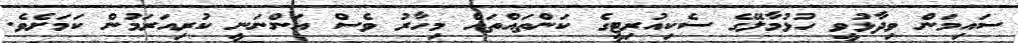
ސައިމަން ވިދާޅުވީ ހުޅުމާލޭގެ ސެކިއުރިޓީގެ ކަންތައްތައް މިހާރު ވެސް އަންނަނީ ކުރިއަރަމުން ކަމަށެވެ.